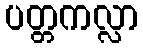
ပတ္တကလ္လာ